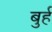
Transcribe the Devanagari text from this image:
बुर्ह